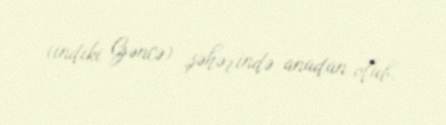
(indiki Gəncə) şəhərində anadan olub.